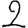
Digit: 2